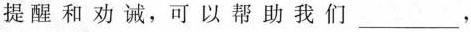
提醒和劝诫，可以帮助我们，。